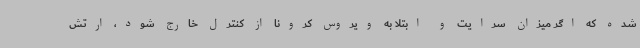
شده که اگر میزان سرایت و ابتلا به ویروس کرونا از کنترل خارج شود، ارتش